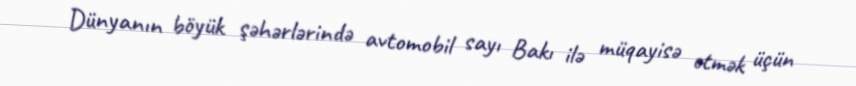
Dünyanın böyük şəhərlərində avtomobil sayı Bakı ilə müqayisə etmək üçün